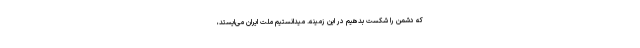
که دشمن را شکست بدهیم در این زمینه. میدانستیم ملّت ایران می‌ایستد،